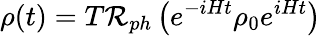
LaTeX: \rho(t)=T\mathcal{R}_{ph}\left(e^{-iHt}\rho_{0}e^{iHt}\right)